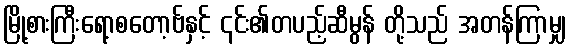
မြို့စားကြီးရော့စတော့ဗ်နှင့် ၎င်း၏တပည့်ဆီမွန် တို့သည် အတန်ကြာမျှ